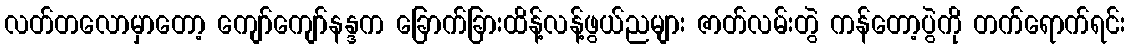
လတ်တလောမှာတော့ ကျော်ကျော်နန္ဒက ခြောက်ခြားထိန့်လန့်ဖွယ်ညများ ဇာတ်လမ်းတွဲ ကန်တော့ပွဲကို တက်ရောက်ရင်း